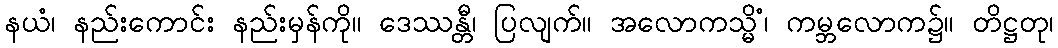
နယံ၊ နည်းကောင်း နည်းမှန်ကို။ ဒေဿန္တီ၊ ပြလျက်။ အလောကသ္မိံ၊ ကမ္ဘလောက၌။ တိဋ္ဌတု၊